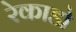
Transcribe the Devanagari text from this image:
रेकाडो